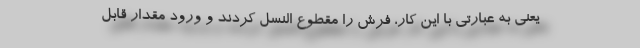
یعنی به عبارتی با این کار، فرش را مقطوع النسل کردند و ورود مقدار قابل